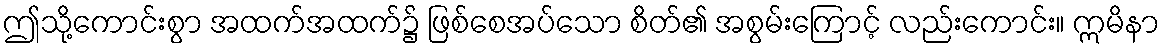
ဤသို့ကောင်းစွာ အထက်အထက်၌ ဖြစ်စေအပ်သော စိတ်၏ အစွမ်းကြောင့် လည်းကောင်း။ ဣမိနာ